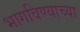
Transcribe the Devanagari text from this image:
भागविण्याच्या